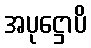
အပုဋ္ဌောပိ